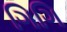
ગિગિ